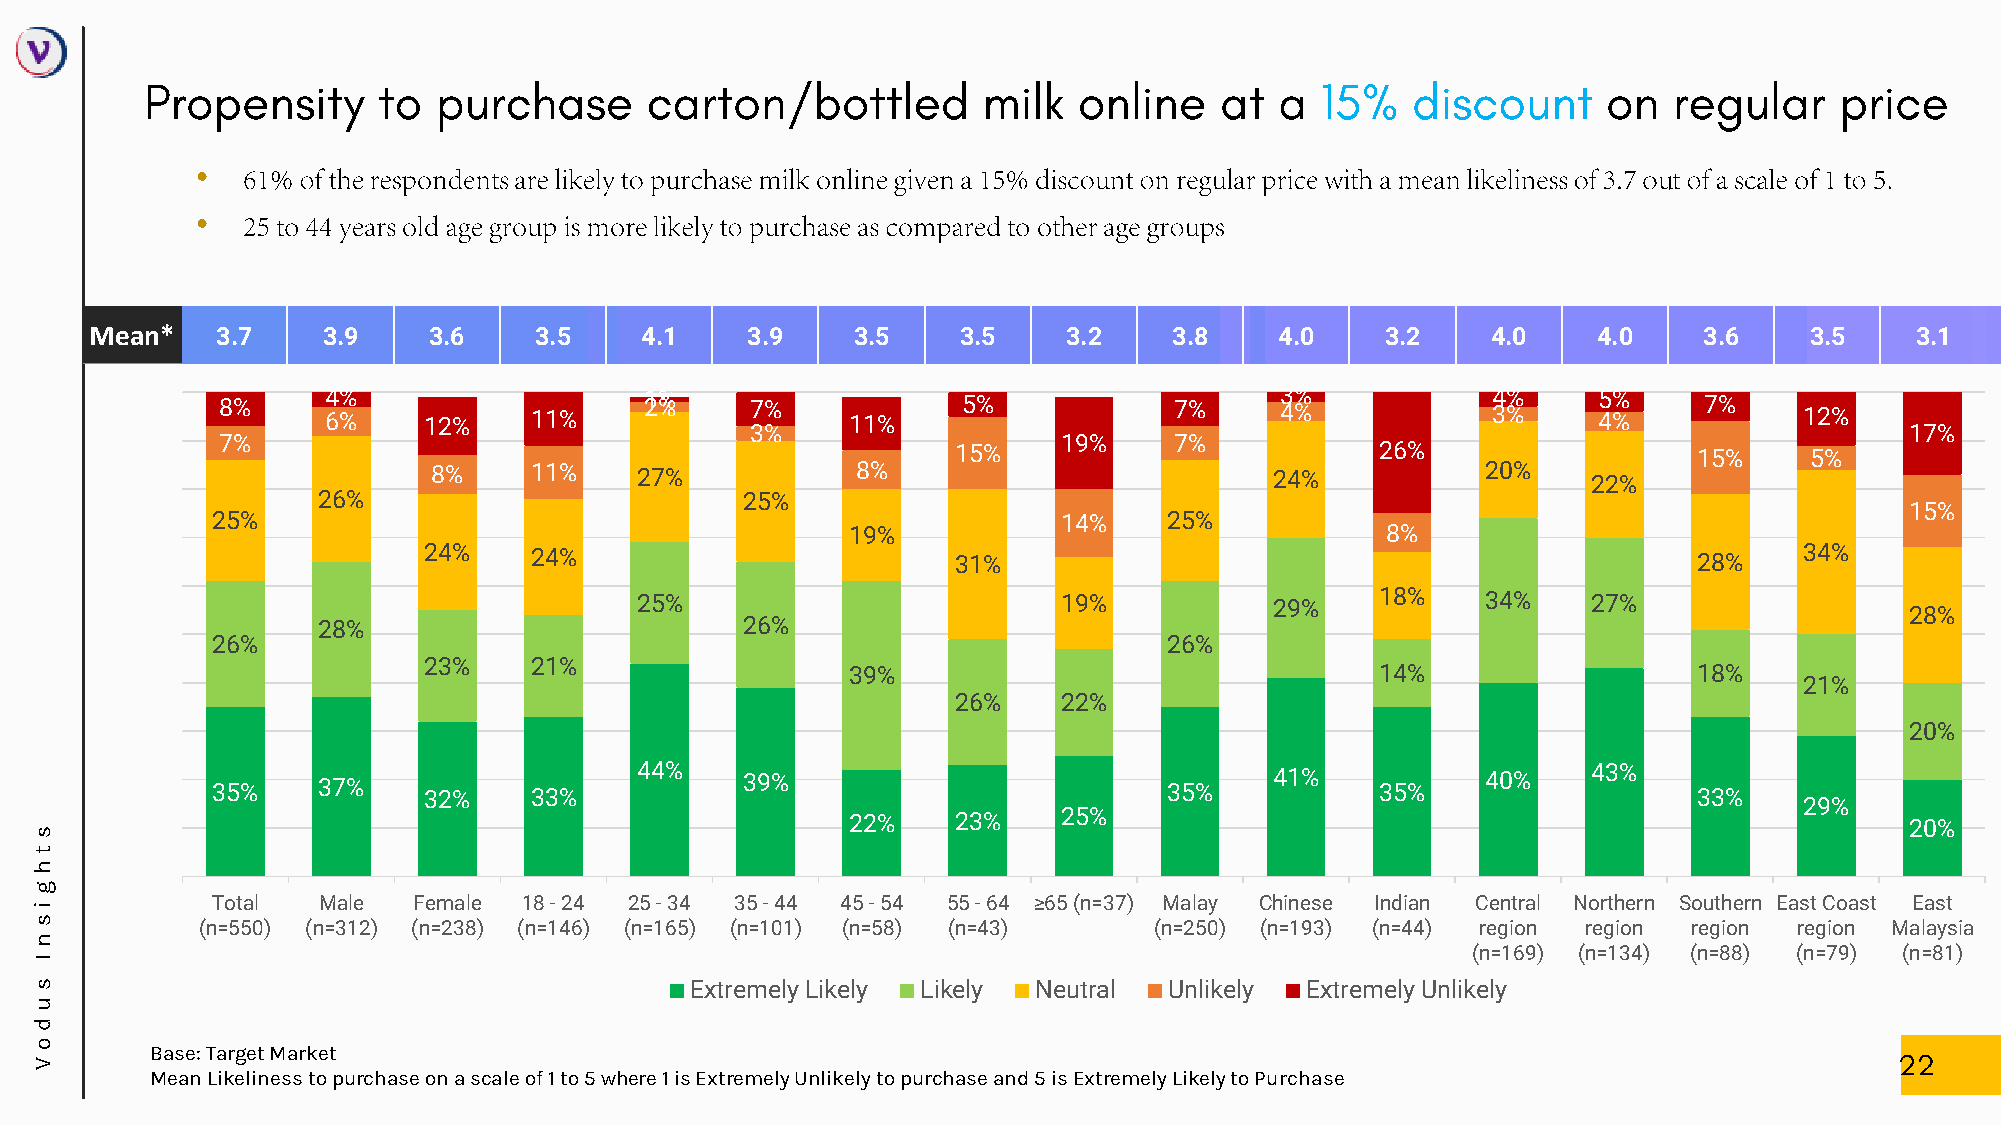
•
 •
 Mean*   3.7    3.9    3.6    3.5    4.1    3.9    3.5     3.5    3.2    3.8    4.0    3.2    4.0    4.0    3.6    3.5    3.1
 8%     64%
 %     12%    11%
 21 %%  7%
 11%
 5%            7%     43 %%         34 %%  45 %%  7%
 12%
 3%                                                                          17%
 7%                                                     19%     7%
 15%                         26%                  15%     5%
 8%    11%    27%            8%                         24%           20%    22%
 26%                         25%
 15%
 25%                                                     14%    25%
 19%                                 8%
 24%    24%                         31%                                              28%    34%
 25%                         19%           29%    18%    34%    27%
 28%
 28%                         26%
 26%                                                            26%
 23%    21%
 39%                                14%                  18%
 21%
 26%    22%
 20%
 35%    37%    32%    33%    44%    39%                         35%    41%    35%    40%    43%    33%
 29%
 22%    23%    25%                                                     20%
 s
 t
 h
 g
 i           Total  Male  Female  18 - 24 25 - 34 35 - 44 45 - 54 55 - 64 ≥65 (n=37) Malay Chinese Indian Central Northern Southern East Coast East
 s          (n=550) (n=312) (n=238) (n=146) (n=165) (n=101) (n=58) (n=43)  (n=250) (n=193) (n=44) region region region region Malaysia
 n
 (n=169) (n=134) (n=88) (n=79) (n=81)
 I
 s                                           Extremely Likely Likely Neutral Unlikely Extremely Unlikely
 u
 d
 o
 Base: Target Market
 V
 Mean Likeliness to purchase on a scale of 1 to 5 where 1 is Extremely Unlikely to purchase and 5 is Extremely Likely to Purchase